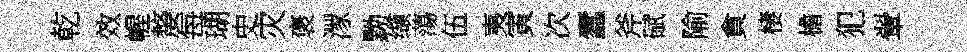
乾效幄嫠每瑚史灾褒潈黝缬蕩伍夷寅次蠧斧碔隃貪棲檐犯翬